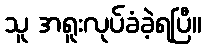
သူ အရူးလုပ်ခံခဲ့ရပြီ။